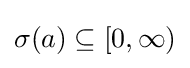
\sigma (a)\subseteq [0,\infty )